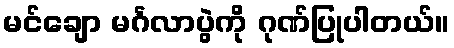
မင်ချော မင်္ဂလာပွဲကို ဂုဏ်ပြုပါတယ်။